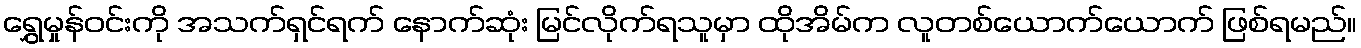
ရွှေမှုန်ဝင်းကို အသက်ရှင်ရက် နောက်ဆုံး မြင်လိုက်ရသူမှာ ထိုအိမ်က လူတစ်ယောက်ယောက် ဖြစ်ရမည်။